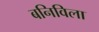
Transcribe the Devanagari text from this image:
बनिविला